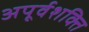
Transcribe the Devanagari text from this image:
अपूर्वशक्ति